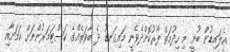
އެލައިޑުން ބުނީ މި ހިދުމަތް ފޯރުކޮށްދެވެނީ މައިގަނޑު ދެ ބާވަތެއްގެ ކަސްޓަމަރުންނަށް ކަމަށާއި